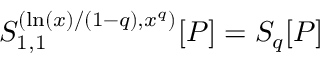
S _ { 1 , 1 } ^ { ( \ln ( x ) / ( 1 - q ) , x ^ { q } ) } [ P ] = S _ { q } [ P ]